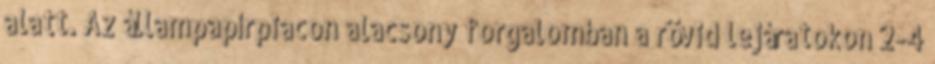
alatt. Az állampapírpiacon alacsony forgalomban a rövid lejáratokon 2-4